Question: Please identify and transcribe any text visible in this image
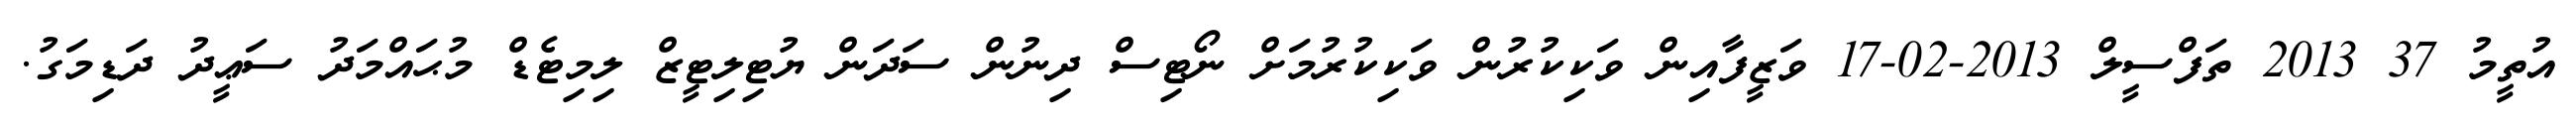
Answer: އުތީމު 37 2013 ތަފްސީލް 2013-02-17 ވަޒީފާއިން ވަކިކުރުން ވަކިކުރުމަށް ނޯޓިސް ދިނުން ސަދަން ޔުޓިލިޓީޒް ލިމިޓެޑް މުޙައްމަދު ސަޢީދު ދަޑިމަގު.